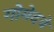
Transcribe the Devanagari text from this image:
गोमेदचे